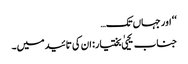
‘‘ اور جہاں تک…
جناب یحییٰ بختیار: ان کی تائید میں۔